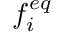
f _ { i } ^ { e q }